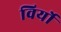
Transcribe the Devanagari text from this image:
विर्यो